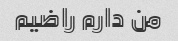
من دارم راضیم